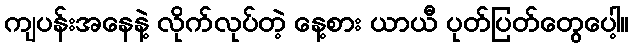
ကျပန်းအနေနဲ့ လိုက်လုပ်တဲ့ နေ့စား ယာယီ ပုတ်ပြတ်တွေပေါ့။